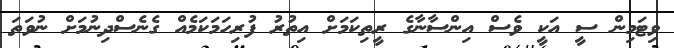
ވިޓަމިން ސީ އަކީ ވެސް އިންސާނާގެ ރީތިކަމަށް އިތުރު ފުރިހަމަކަމެއް ގެނެސްދިނުމަށް ނުވަތަ